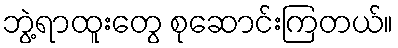
ဘွဲ့ရာထူးတွေ စုဆောင်းကြတယ်။